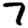
Digit: 7